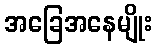
အခြေအနေမျိုး